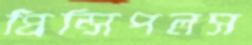
প্রিন্সিপলস